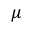
\mu